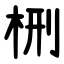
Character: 㭢